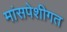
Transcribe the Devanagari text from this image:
मांसपेशीगत